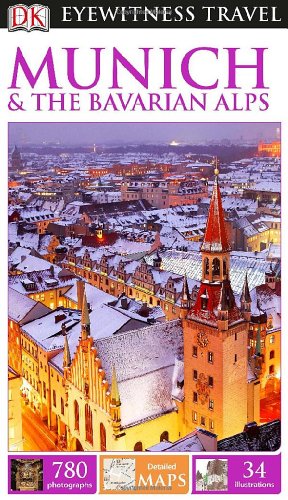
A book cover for DK Eyewitness Travel Guide: Munich & the Bavarian Alps; DK Publishing; Travel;